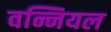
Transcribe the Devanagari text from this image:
वन्नियल